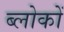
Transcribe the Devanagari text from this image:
ब्लोकों